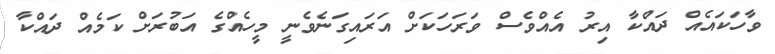
ވާހަކައެއް ދައްކާ އިރު އެއްވެސް ވަރަހަކަށް އަރައިގަނެވެނީ މީހެއްގެ އަބުރަށް ކަމެއް ދައްކާ